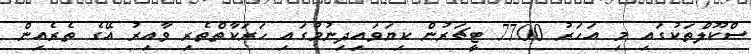
ސްކޫލްތަކުގައި މި އަހަރު 7700 ޓީޗަރުން ކިޔަވައިދިނުމުގައި ހަރަކާތްތެރި ވާއިރު އޭގެ ތެރެއިން